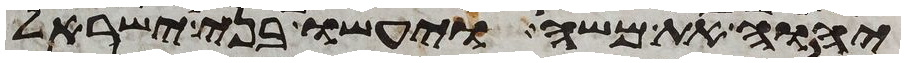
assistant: יהוה את משה ויעשו בני ישראל